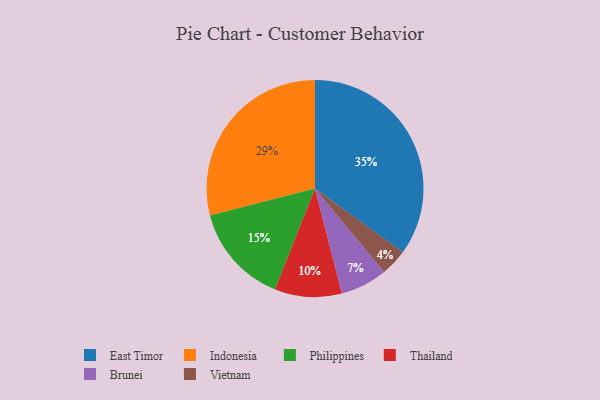
{"axis": {"x": "Category", "y": "Percentage"}, "legend": ["Brunei", "East Timor", "Indonesia", "Philippines", "Thailand", "Vietnam"], "data": [{"x": "Philippines", "y": 15, "type": "Philippines"}, {"x": "East Timor", "y": 35, "type": "East Timor"}, {"x": "Thailand", "y": 10, "type": "Thailand"}, {"x": "Indonesia", "y": 29, "type": "Indonesia"}, {"x": "Vietnam", "y": 4, "type": "Vietnam"}, {"x": "Brunei", "y": 7, "type": "Brunei"}]}